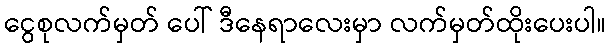
ငွေစုလက်မှတ် ပေါ် ဒီနေရာလေးမှာ လက်မှတ်ထိုးပေးပါ။